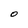
Character: O